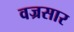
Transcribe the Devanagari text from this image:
वज्रसार